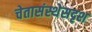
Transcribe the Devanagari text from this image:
चेतासंस्थेसदृश